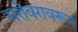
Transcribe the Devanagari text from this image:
सरोवरावरून